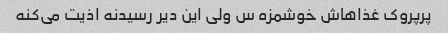
پرپروک غذاهاش خوشمزه س ولی این دیر رسیدنه اذیت می‌کنه